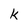
Character: k